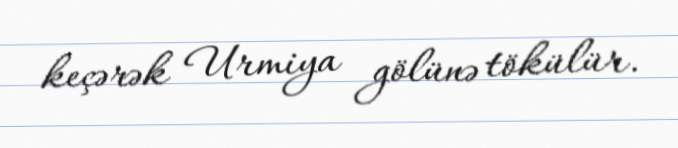
keçərək Urmiya gölünə tökülür.